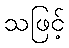
သဖြင့်